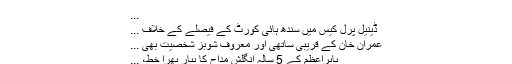
...
ڈینیل پرل کیس میں سندھ ہائی کورٹ کے فیصلے کے خلاف ...
عمران خان کے قریبی ساتھی اور معروف شوبز شخصیت بھی ...
بابراعظم کے 5 سالہ انگلش مداح کا پیار بھرا خط، ...